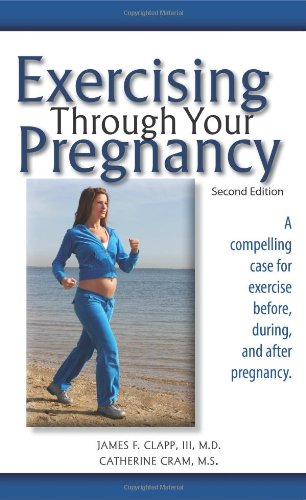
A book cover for Exercising Through Your Pregnancy; James F. Clapp III MD; Health, Fitness & Dieting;